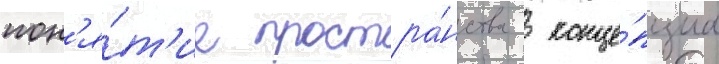
пон'я́т'ие простра́нства  конце́пциа